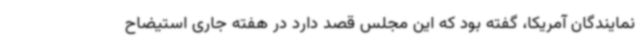
نمایندگان آمریکا، گفته بود که این مجلس قصد دارد در هفته جاری استیضاح